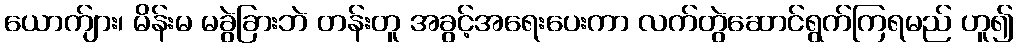
ယောက်ျား၊ မိန်းမ မခွဲခြားဘဲ တန်းတူ အခွင့်အရေးပေးကာ လက်တွဲဆောင်ရွက်ကြရမည် ဟူ၍